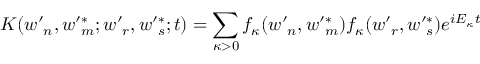
K ( w \prime _ { n } , w \prime _ { m } ^ { \ast } ; w \prime _ { r } , w \prime _ { s } ^ { \ast } ; t ) = \sum _ { \kappa > 0 } f _ { \kappa } ( w \prime _ { n } , w \prime _ { m } ^ { \ast } ) f _ { \kappa } ( w \prime _ { r } , w \prime _ { s } ^ { \ast } ) e ^ { i E _ { \kappa } t }